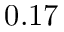
0 . 1 7